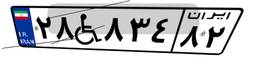
۲۸W۸۳۴۸۲